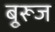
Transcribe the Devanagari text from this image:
बुूरूज